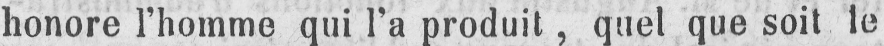
honore l’homme qui l’a produit, quel que soit le